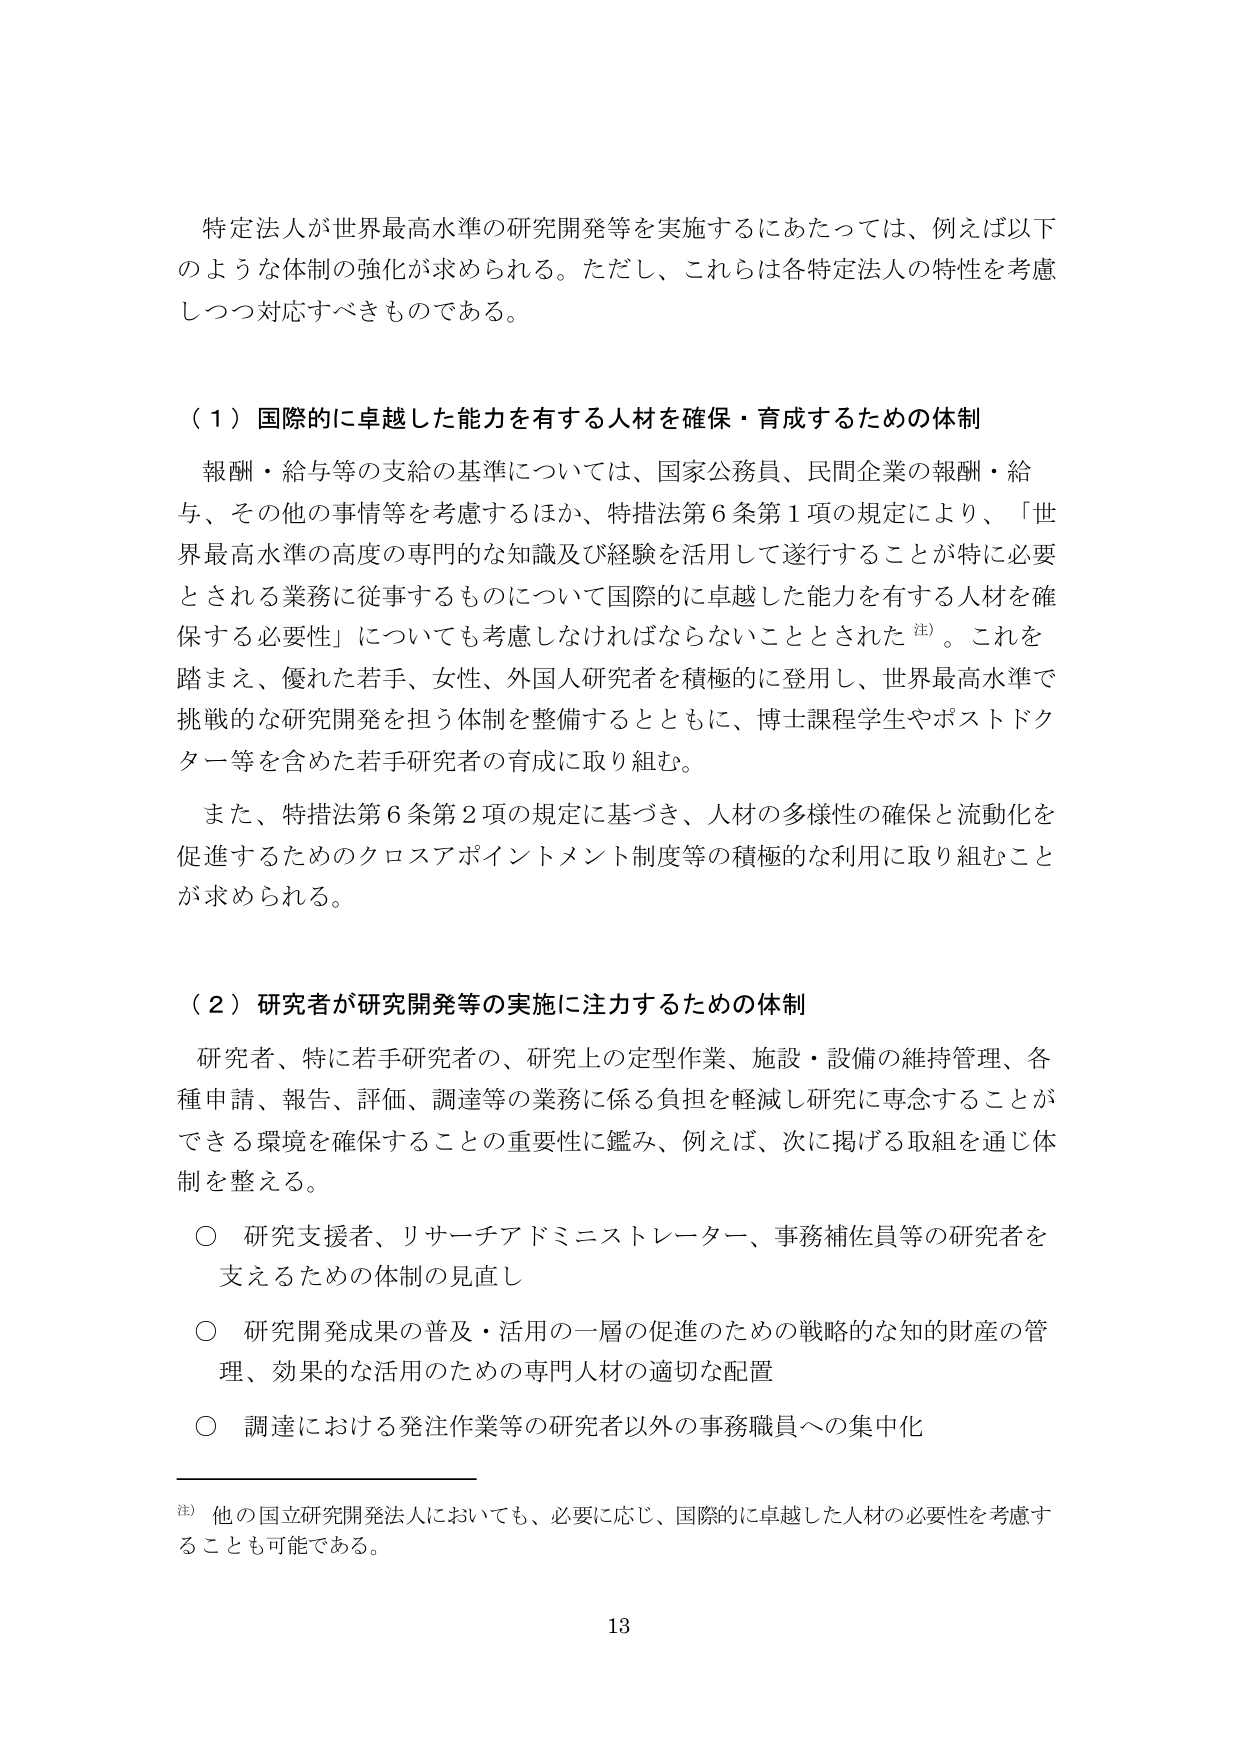
特定法人が世界最高水準の研究開発等を実施するにあたっては、例えば以下のような体制の強化が求められる。ただし、これらは各特定法人の特性を考慮しつつ対応すべきものである。

（１）国際的に卓越した能力を有する人材を確保・育成するための体制

報酬・給与等の支給の基準については、国家公務員、民間企業の報酬・給与、その他の事情等を考慮するほか、特措法第６条第１項の規定により、「世界最高水準の高度の専門的な知識及び経験を活用して遂行することが特に必要とされる業務に従事するものについて国際的に卓越した能力を有する人材を確保する必要性」についても考慮しなければならないこととされた注）。これを踏まえ、優れた若手、女性、外国人研究者を積極的に登用し、世界最高水準で挑戦的な研究開発を担う体制を整備するとともに、博士課程学生やポストドクター等を含めた若手研究者の育成に取り組む。

また、特措法第６条第２項の規定に基づき、人材の多様性の確保と流動化を促進するためのクロスアポイントメント制度等の積極的な利用に取り組むことが求められる。

（２）研究者が研究開発等の実施に注力するための体制

研究者、特に若手研究者の、研究上の定型作業、施設・設備の維持管理、各種申請、報告、評価、調達等の業務に係る負担を軽減し研究に専念することができる環境を確保することの重要性に鑑み、例えば、次に掲げる取組を通じ体制を整える。

○ 研究支援者、リサーチアドミニストレーター、事務補佐員等の研究者を支えるための体制の見直し

○ 研究開発成果の普及・活用の一層の促進のための戦略的な知的財産の管理、効果的な活用のための専門人材の適切な配置

○ 調達における発注作業等の研究者以外の事務職員への集中化

注）他の国立研究開発法人においても、必要に応じ、国際的に卓越した人材の必要性を考慮することも可能である。

13